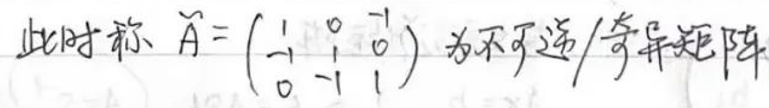
此时称\(A=\begin{pmatrix}
1 & 0 & -1\\
-1 & 1 & 1\\
0 & -1 & 1
\end{pmatrix}\)为不选/奇异矩阵